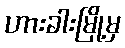
ဟားခါးမြို့မှ